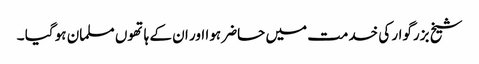
شیخ بزرگوار کی خدمت میں حاضر ہوا اور ان کے ہاتھوں مسلمان ہو گیا ۔